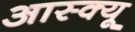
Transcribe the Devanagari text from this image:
आस्क्यू